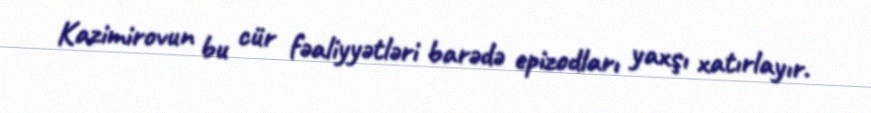
Kazimirovun bu cür fəaliyyətləri barədə epizodları yaxşı xatırlayır.